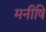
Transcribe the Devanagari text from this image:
मनीषि